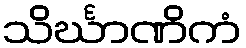
သိင်္ဃာဏိကံ